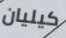
كيليان